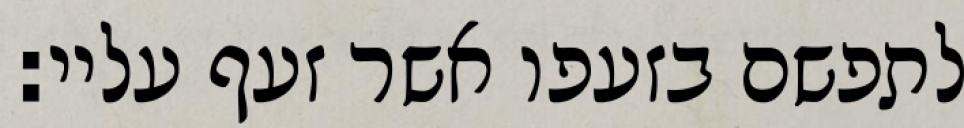
לתפשם בזעפו אשר זעף עליי: